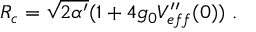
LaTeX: R _ { c } = \sqrt { 2 \alpha ^ { \prime } } ( 1 + 4 g _ { 0 } V _ { e f f } ^ { \prime \prime } ( 0 ) ) \ .